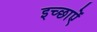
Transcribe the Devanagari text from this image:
इच्छाऐं